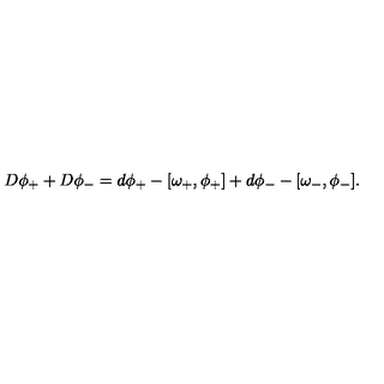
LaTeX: D \phi _ { + } + D \phi _ { - } = d \phi _ { + } - [ \omega _ { + } , \phi _ { + } ] + d \phi _ { - } - [ \omega _ { - } , \phi _ { - } ] .